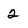
Character: 2